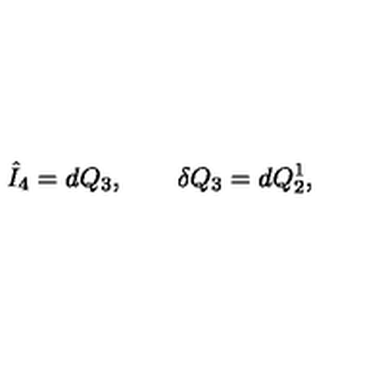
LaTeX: \hat { I } _ { 4 } = d Q _ { 3 } , \qquad \delta Q _ { 3 } = d Q _ { 2 } ^ { 1 } ,